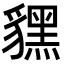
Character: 𧴔